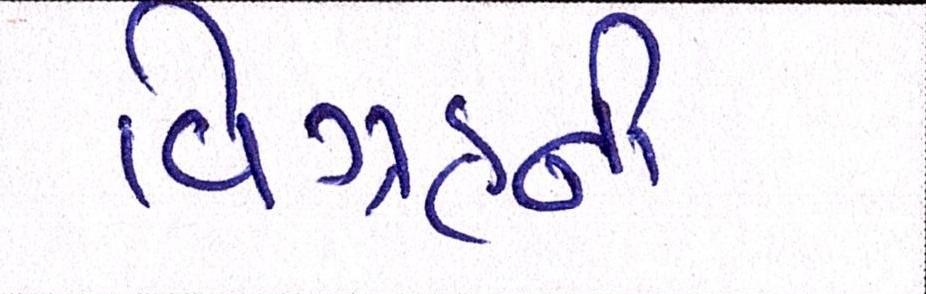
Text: વિગ્રહની